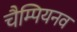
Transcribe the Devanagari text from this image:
चैम्पियनव